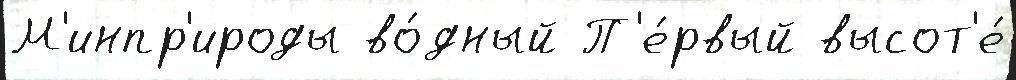
М'инпр'ироды во́дный П'е́рвый высот'е́